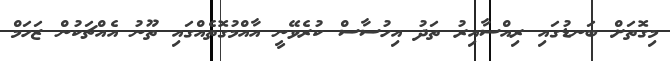
މިގޮތަށް ބަނޑުގައި ރިއްސާއިރު ތަދު އިހުސާސް ކުރެވޭނީ އާއްމުގޮތެއްގައި ތޫނު އެއްޗަކުން ޒަހަމް